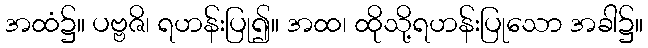
အထံ၌။ ပဗ္ဗဇိ၊ ရဟန်းပြု၍။ အထ၊ ထိုသို့ရဟန်းပြုသော အခါ၌။